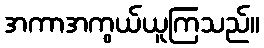
အကာအကွယ်ယူကြသည်။